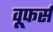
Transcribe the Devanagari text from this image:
वूफर्स